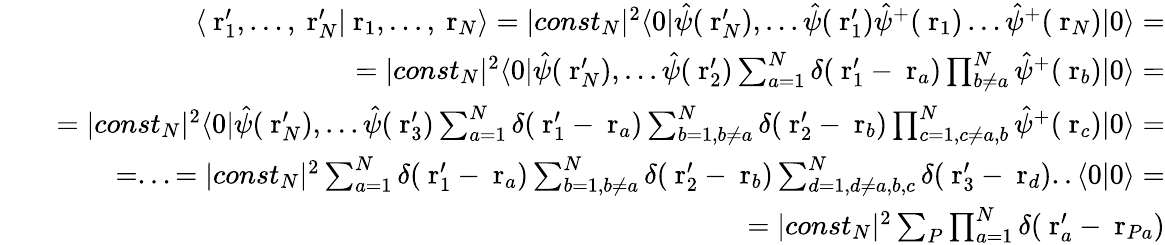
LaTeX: \begin{array}{rlr}&{}&{\langle\mathrm{\mathbf~r}_{1}^{\prime},\dots,\mathrm{\mathbf~r}_{N}^{\prime}|\mathrm{\mathbf~r}_{1},\dots,\mathrm{\mathbf~r}_{N}\rangle=|const_{N}|^{2}\langle 0|\hat{\psi}(\mathrm{\mathbf~r}_{N}^{\prime}),...\hat{\psi}(\mathrm{\mathbf~r}_{1}^{\prime})\hat{\psi}^{+}(\mathrm{\mathbf~r}_{1})\dots\hat{\psi}^{+}(\mathrm{\mathbf~r}_{N})|0\rangle=}\\ &{}&{\; \; \; \; \; \; \; \; =|const_{N}|^{2}\langle 0|\hat{\psi}(\mathrm{\mathbf~r}_{N}^{\prime}),...\hat{\psi}(\mathrm{\mathbf~r}_{2}^{\prime})\sum_{a=1}^{N}\delta(\mathrm{\mathbf~r}_{1}^{\prime}-\mathrm{\mathbf~r}_{a})\prod_{b\ne a}^{N}\hat{\psi}^{+}(\mathrm{\mathbf~r}_{b})|0\rangle=}\\ &{}&{=|const_{N}|^{2}\langle 0|\hat{\psi}(\mathrm{\mathbf~r}_{N}^{\prime}),...\hat{\psi}(\mathrm{\mathbf~r}_{3}^{\prime})\sum_{a=1}^{N}\delta(\mathrm{\mathbf~r}_{1}^{\prime}-\mathrm{\mathbf~r}_{a})\sum_{b=1,b\ne a}^{N}\delta(\mathrm{\mathbf~r}_{2}^{\prime}-\mathrm{\mathbf~r}_{b})\prod_{c=1,c\ne a,b}^{N}\hat{\psi}^{+}(\mathrm{\mathbf~r}_{c})|0\rangle=}\\ &{}&{=...=|const_{N}|^{2}\sum_{a=1}^{N}\delta(\mathrm{\mathbf~r}_{1}^{\prime}-\mathrm{\mathbf~r}_{a})\sum_{b=1,b\ne a}^{N}\delta(\mathrm{\mathbf~r}_{2}^{\prime}-\mathrm{\mathbf~r}_{b})\sum_{d=1,d\ne a,b,c}^{N}\delta(\mathrm{\mathbf~r}_{3}^{\prime}-\mathrm{\mathbf~r}_{d})..\langle 0|0\rangle=}\\ &{}&{=|const_{N}|^{2}\sum_{P}\prod_{a=1}^{N}\delta(\mathrm{\mathbf~r}_{a}^{\prime}-\mathrm{\mathbf~r}_{Pa})}\end{array}